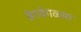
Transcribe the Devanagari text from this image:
वेगवेगळ्य़ा